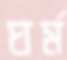
ঘর্ম